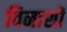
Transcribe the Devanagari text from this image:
विनाशों